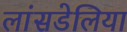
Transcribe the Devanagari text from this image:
लांसडेलिया